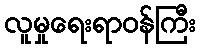
လူမှုရေးရာဝန်ကြီး